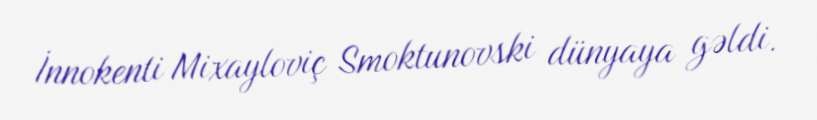
İnnokenti Mixayloviç Smoktunovski dünyaya gəldi.